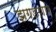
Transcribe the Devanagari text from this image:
झगडणारे